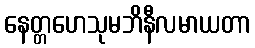
နေတ္တဟေသုမဘိနီလမာယတာ